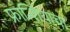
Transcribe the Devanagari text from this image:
फ्रान्शियाचा